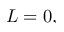
L = 0 ,